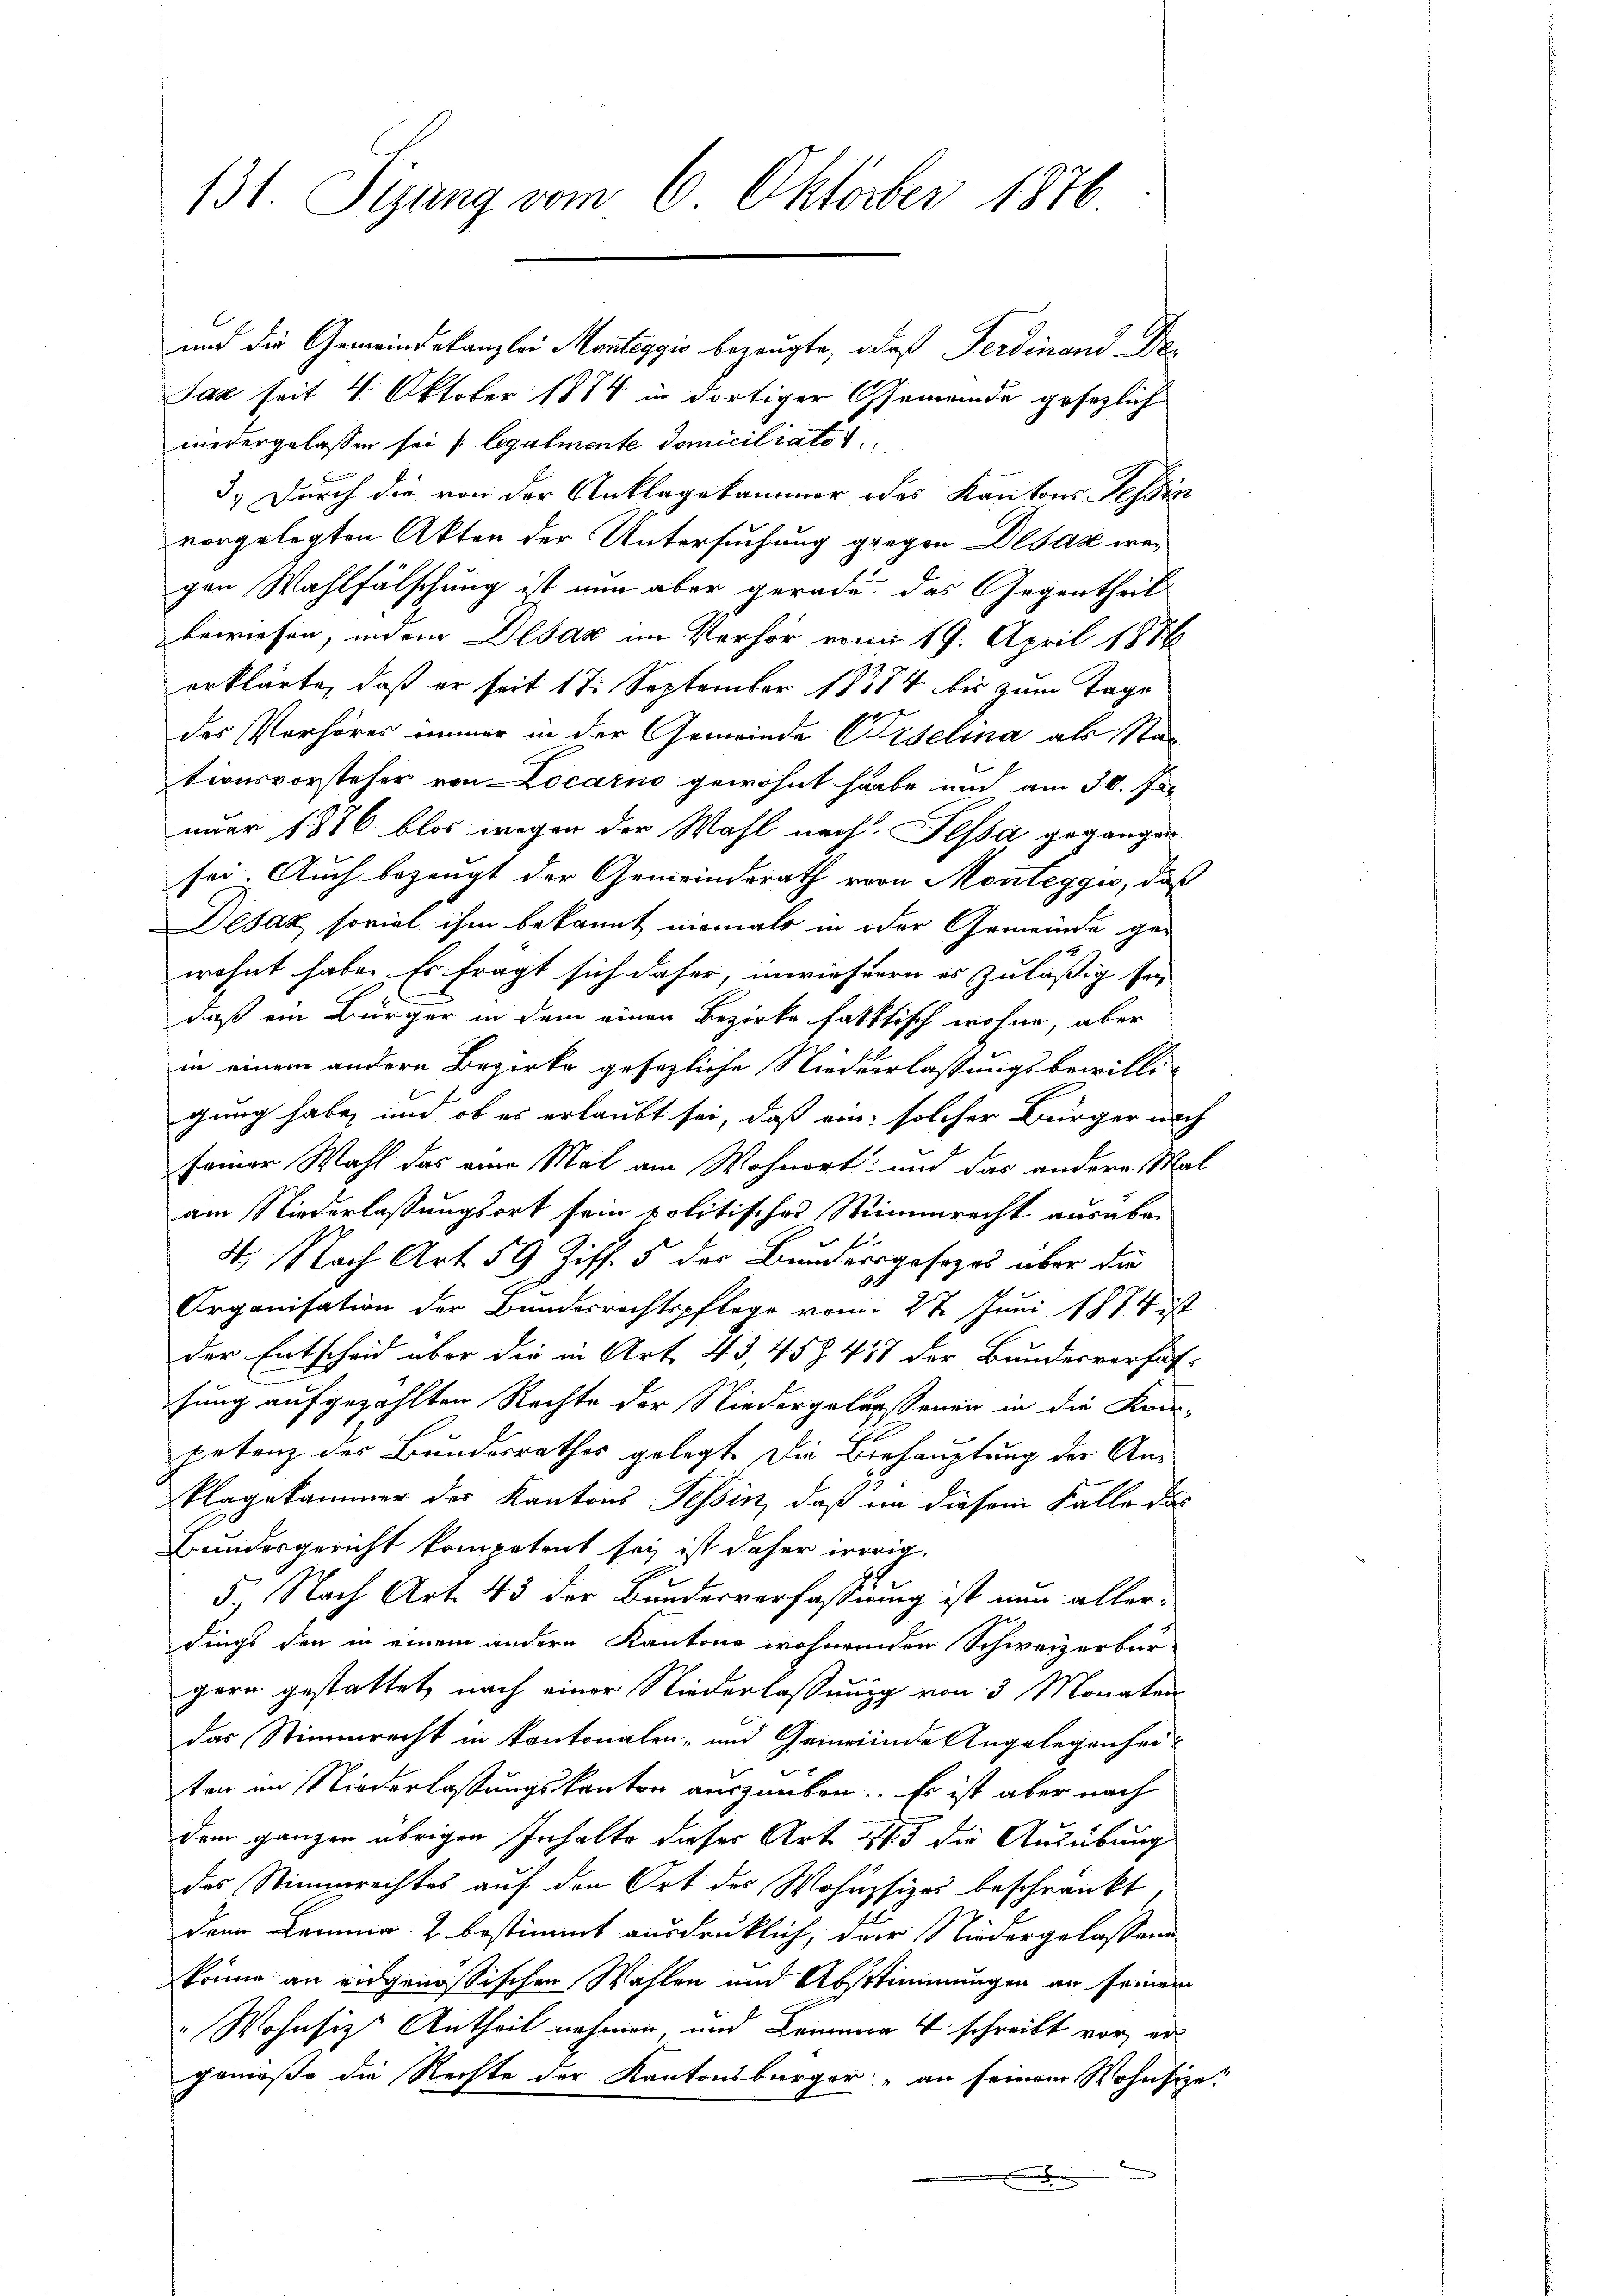
131. Sizung vom 6. Oktober 1876

und die Gemeindekanzlei Monteggio bezeugte, daß Ferdinand De¬
Jaz seit 4. Oktober 1874 in dortiger Gemeinde gesezlich
niedergelassen sei legalmente domiciliato
3.) Durch die von der Anklagekammer oder Kantons Tessin
vorgelegten Akten der Untersuchung gegen Desaxe wegen Wahlfälschung ist nun aber gerade, das Gegentheil
bewiesen, indem Desaz im Verhör vom 19. April 1816.
erklärte, daß er seit 17. September 18374 bis zum Tage
des Verhöres immer in der Gemeinde Urselina als Staa
tionsvorsteher von Locarno gewohnt habe und am 30. Jun
nuar 1876 blos wegen der Wahl nach Pessa gegangen
sei. Auch bezeugt der Gemeinderath von Monteggio, daß
Desaz soviel ihm bekannt niemals in oder Gemeinde ge-
wohnt habe. Es fragt sich daher, inwiesern es zuläßig sei
daß ein Bürger in dem einen Bezirke fattisch wohne, aber
in einem andern Bezirke gesezliche Niederlassungsbewilligung habe, und ob es erlaubt sei, daß ein solcher Bürger nach
.
seiner Wahl das eine Mal am Wohnort und das andere Mal
am Niederlassungsort sein politisches Mimmrecht aus aber
4. Nach Art. 59 Ziff. 5 des Bundersgesezes über die
.
Organisation der Bundesrechtspflege vom 27. Juni 1874 ist
der Entscheid über die in Art. 43, 45 Z. 457 der Bundesverhafhung aufgezählten Rechte der Niedergelassenen in die Kon-
petenz der Bundesrathes gelegt die Behauptung der Anklagekammer der Kantons Tessin, daß in diesem Falle das
Bundesgericht kompetent sei ist daher irrig.
5. Nach Art. 43 der Bundesverfassung ist nun allerdings den in einem andern Kantone wohnenden Schweizerbür-
gern gestattet, nach einer Niederlassung von 3 Monaten
das Stimmrecht in kantonalen- und Gemeinde Angelegenheit
ten im Niederlassungskanton auszuüben. Es ist aber nach
dem ganzen übrigen Inhalte dieser Art 45 die Ausübung
des Stimmrechtes auf den Ort des Wohnsizes beschränkt.
denn Lemma 2 bestimmt ausdrüklich, der Niedergelassene
könne an eidgenössischen Wahlen und Abstimmungen an seinem
„Wohnsitz Antheil nehmen, und Lemmer 4 schreibt vor, er
gemäße die Rechte der Kantonsbürger an seinem Wohnsize
x
.